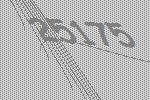
25175